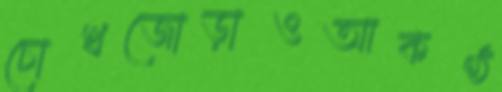
চোখজোড়াওআকণ্ঠ